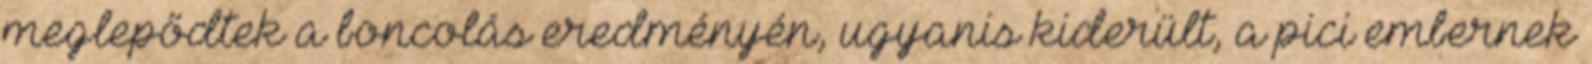
meglepődtek a boncolás eredményén, ugyanis kiderült, a pici embernek